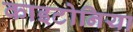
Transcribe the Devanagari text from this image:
काइटोनिया